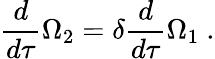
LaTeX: \frac{d}{d\tau}\Omega_{2}=\delta\frac{d}{d\tau}\Omega_{1}\ .